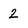
Character: 2